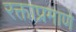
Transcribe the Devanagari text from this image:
रक्ताप्रमाणे